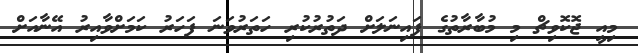
މިއީ ޖޮކޮވިޗް މި މުބާރާތުގެ ފައިނަލަށް ދަތުރުކުރި ހަތަރުވަނަ ފަހަރު ކަމަށްވާއިރު އޭނާއަށް